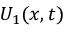
U _ { 1 } ( { \boldsymbol { x } } , t )